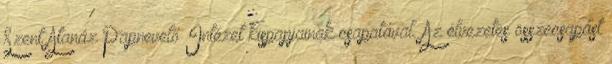
Szent Atanáz Papnevelő Intézet kispapjainak csapatával. Az élvezetes összecsapást